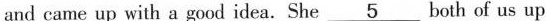
and came up with a good idea. She \underline{5} both of us up